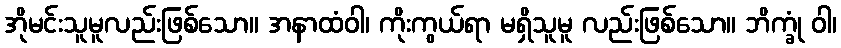
အိုမင်းသူမူလည်းဖြစ်သော။ အနာထံဝါ၊ ကိုးကွယ်ရာ မရှိသူမူ လည်းဖြစ်သော။ ဘိက္ခုံ ဝါ၊